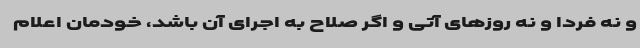
و نه فردا و نه روزهای آتی و اگر صلاح به اجرای آن باشد، خودمان اعلام